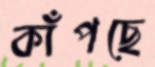
কাঁপছে